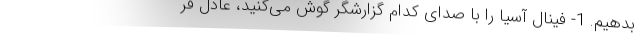
بدهیم. 1- فینال آسیا را با صدای کدام گزارشگر گوش می‌کنید، عادل فر